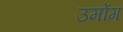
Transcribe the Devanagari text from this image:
उमोंग